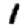
Digit: 1